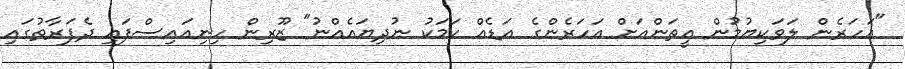
"އަހަރެން ލަވަކިޔުމުން އީތަންއަށް އަހަރެންގެ އަޑެއް ކަމަކު ނުދިޔައެއްނު" ޒޫރިން ހިނިއައިސްފައި ދެފަރާތުގައި